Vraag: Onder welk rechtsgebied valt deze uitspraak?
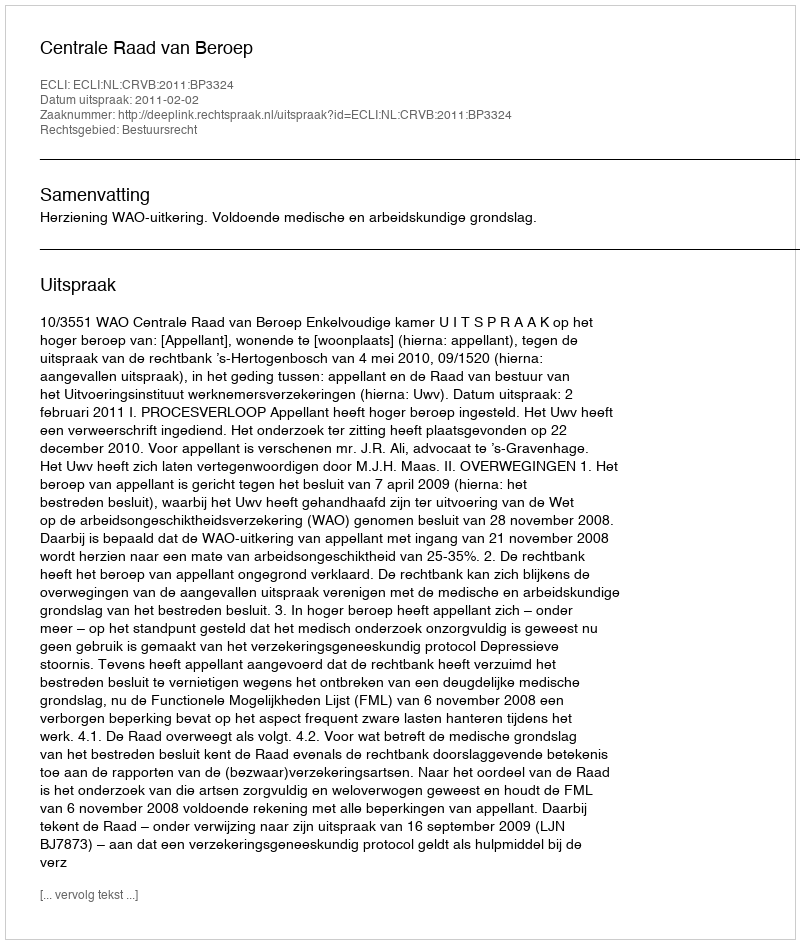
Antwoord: Bestuursrecht